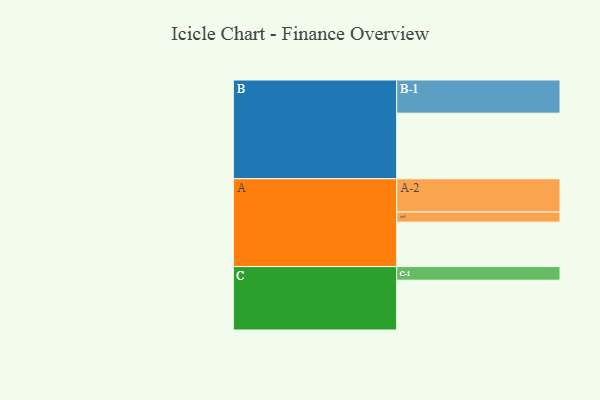
{"axis": {"x": "Segment", "y": "Value"}, "legend": ["", "A", "B", "C"], "data": [{"x": "A", "y": 366, "type": ""}, {"x": "B", "y": 540, "type": ""}, {"x": "C", "y": 410, "type": ""}, {"x": "A-1", "y": 83, "type": "A"}, {"x": "A-2", "y": 274, "type": "A"}, {"x": "B-1", "y": 273, "type": "B"}, {"x": "C-1", "y": 112, "type": "C"}]}